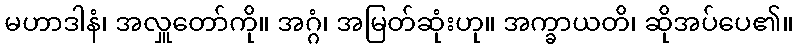
မဟာဒါနံ၊ အလှူတော်ကို။ အဂ္ဂံ၊ အမြတ်ဆုံးဟု။ အက္ခာယတိ၊ ဆိုအပ်ပေ၏။